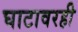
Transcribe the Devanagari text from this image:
घाटावरही